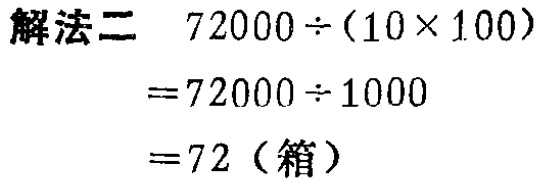
```

解法二 \(72000\div(10\times100)\)

\(=72000\div1000\)

\(=72\)（箱）

```